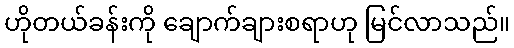
ဟိုတယ်ခန်းကို ချောက်ချားစရာဟု မြင်လာသည်။